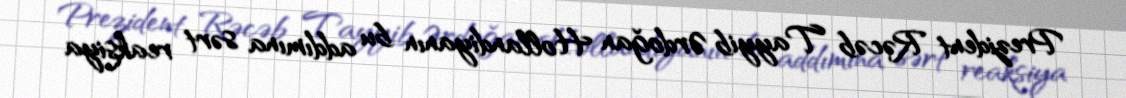
Prezident Rəcəb Tayyib Ərdoğan Hollandiyanın bu addımına sərt reaksiya